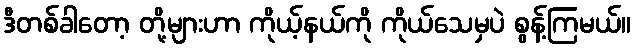
ဒီတစ်ခါတော့ တို့များဟာ ကိုယ့်နယ်ကို ကိုယ်သေမှပဲ စွန့်ကြမယ်။